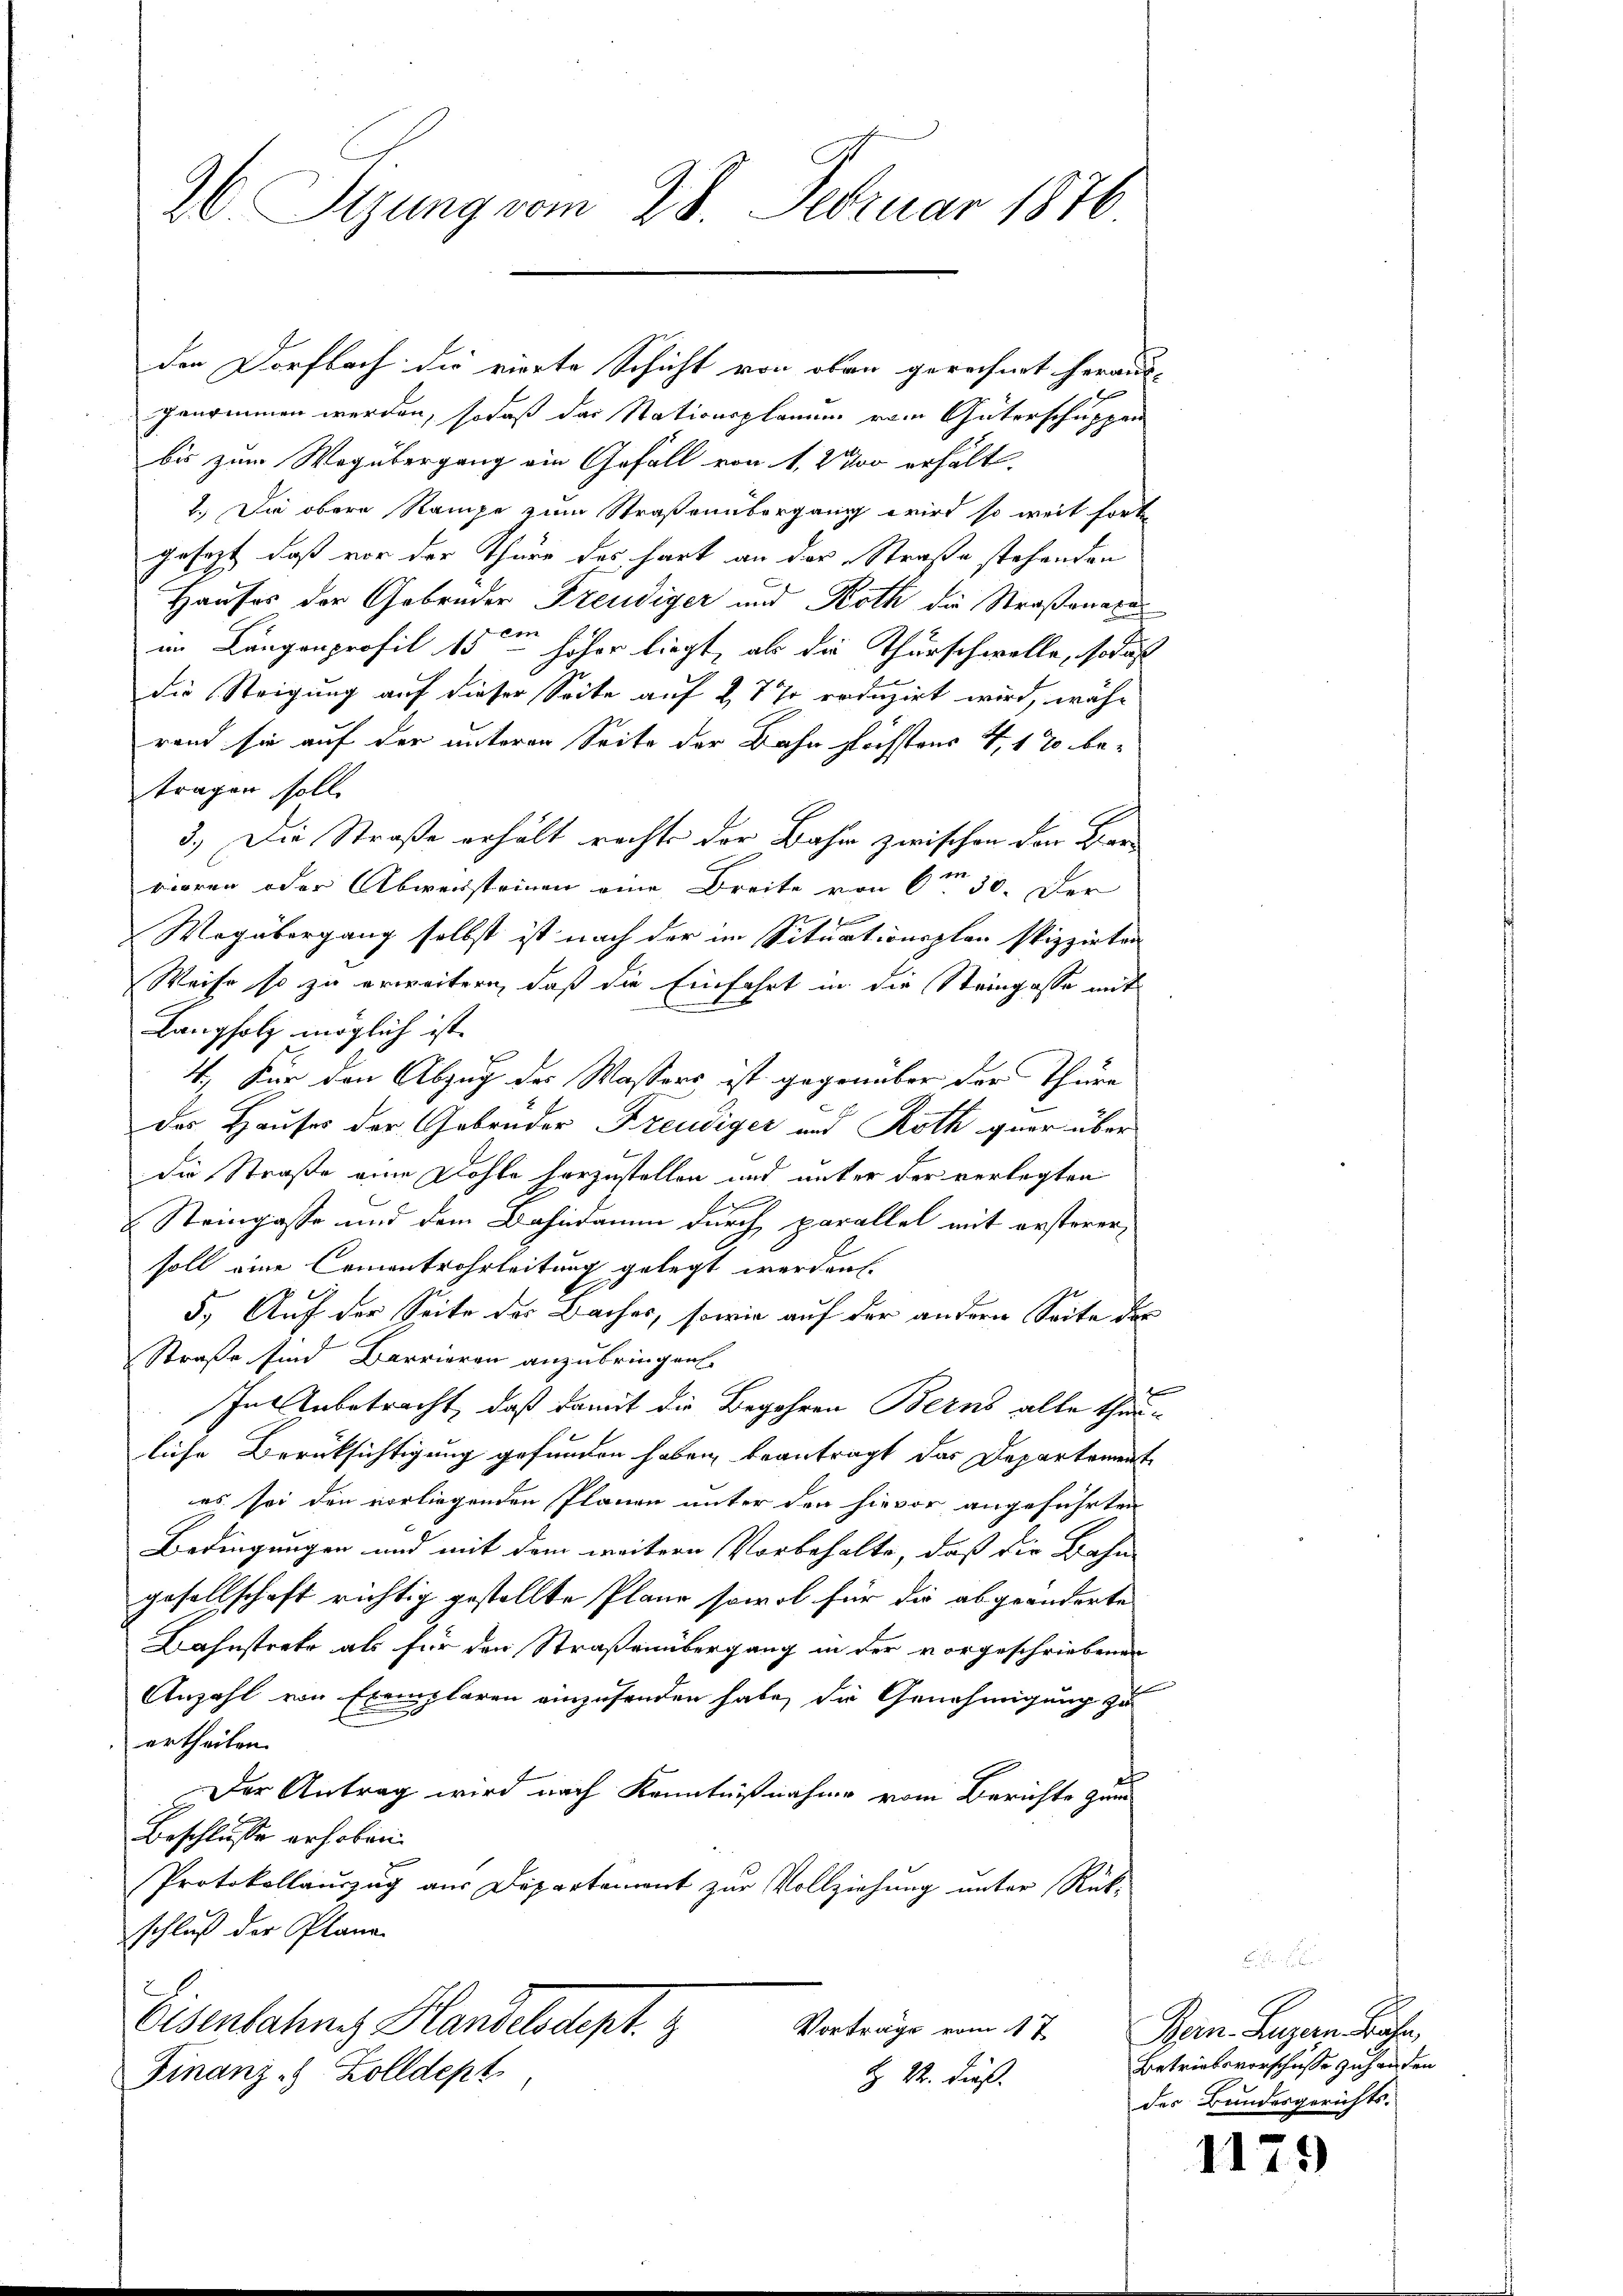
26 Sizung vom 28. Februar 1876

den Dorfbach die vierte Schicht von oben gerechnet heraus-
genommen werden, sodaß das Stationsplanen vom Güterschuppen
bis zum Wegübergang ein Gefall von 1,2 % erhält.
1.) Die obere Rampe zum Straßenübergang wird so weit fort
gesezt, daß vor der Thüre des hart an der Straße stehenden
Hauses der Gebrüder Freudiger und Roth die Straßenatu
ein
im Langenprofil 15 - höher liegt, als die Thürschwelle, so daß
die Steigung auf dieser Seite auf 27 7 reduzirt wird, währand sie auf der unteren Seite der Bahn höchstens 4. 12 betragen soll.
3.) Die Straße erhält rechte der Bahr zwischen der Barrioren oder Abwersteinen eine Breite von 6m 30. Der

Wegübergang selbst ist nach der im Situationsplan spizzierten
Weise so zu erweitern, daß die Einfahrt in die Steingasse mit
Langholz möglich ist
4.) Für den Abzug des Wassers ist gegenüber der Thüre
das Hauses der Gebrüder Freudiger und Roth guer über
.
die Straße eine Dohle herzustellen und unter der verlegten
.
Steingasse und dem Dahndamm durch parallel mit ersterersoll eine Cementrohrleitung gelegt werden.
5.) Auf der Seite des Daches, sowie auf der andern Seite der
Straße sind Barrieren anzubringen.
Innbetracht, daß damit die Begehren Berns alle Thauliche Berüksichtigung gefunden haben, beantragt das Departemente
es sei den vorliegenden Planen unter den hievor angeführten
Bedingungen und mit dem weitern Vorbehalte, daß die Bahn-
gesellschaft richtig gestellte Plane sowol für die abgeänderte
Bahnstrate als für den Straßenübergang in der vorgeschriebenen
Anzahl von Exemplaren einzusenden habe, die Genehmigung zu
ertheilen.
Der Antrag wird nach Kenntnißnahme vom Berichte zum
Beschlusse erhoben.
Protokollauszug aus Departement zur Vollziehung unter Rückschluß der Plane.
Eisenbahne Handelsdept. 1
Vorträge vom 17.
Finanz- & Zolldept
H Sr. Dies

Bern. Luzern Bücher
Betriebsvorschüsse zuhanden
des Bundesgerichts-

117.)